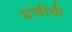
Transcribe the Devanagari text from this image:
यांचीची